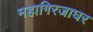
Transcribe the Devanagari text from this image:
महागिरजाघर